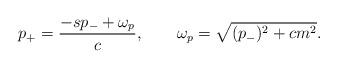
LaTeX: \begin{align*}p_+={-sp_-+\omega_p\over c}, \qquad \omega_p=\sqrt{(p_-)^2+cm^2} .\end{align*}